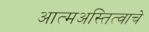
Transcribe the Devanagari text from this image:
आत्मअस्तित्वाचे